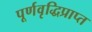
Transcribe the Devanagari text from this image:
पूर्णवृद्धिप्राप्त